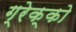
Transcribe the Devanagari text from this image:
ग्रेक्को